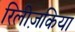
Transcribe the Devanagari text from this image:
रिलीज़किया